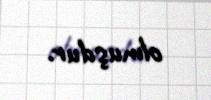
olmuşdur.